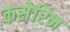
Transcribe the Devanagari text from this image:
कसेरिन